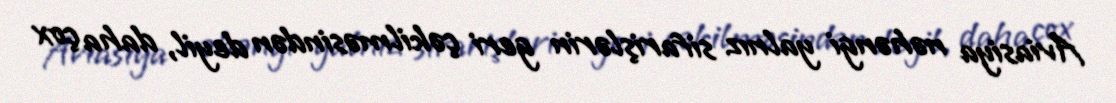
Aviasiya nəhəngi yalnız sifarişlərin geri çəkilməsindən deyil, daha çox